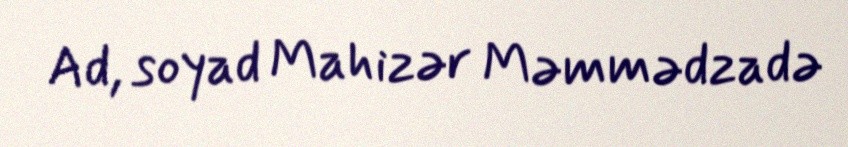
Ad, soyad Mahizər Məmmədzadə